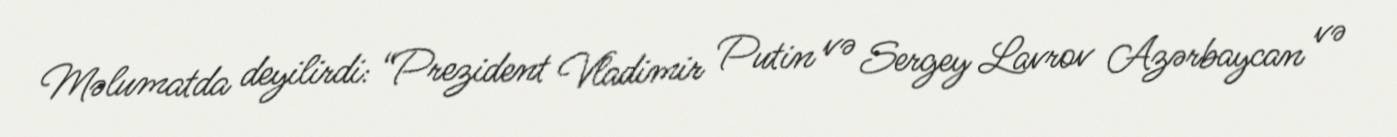
Məlumatda deyilirdi: “Prezident Vladimir Putin və Sergey Lavrov Azərbaycan və